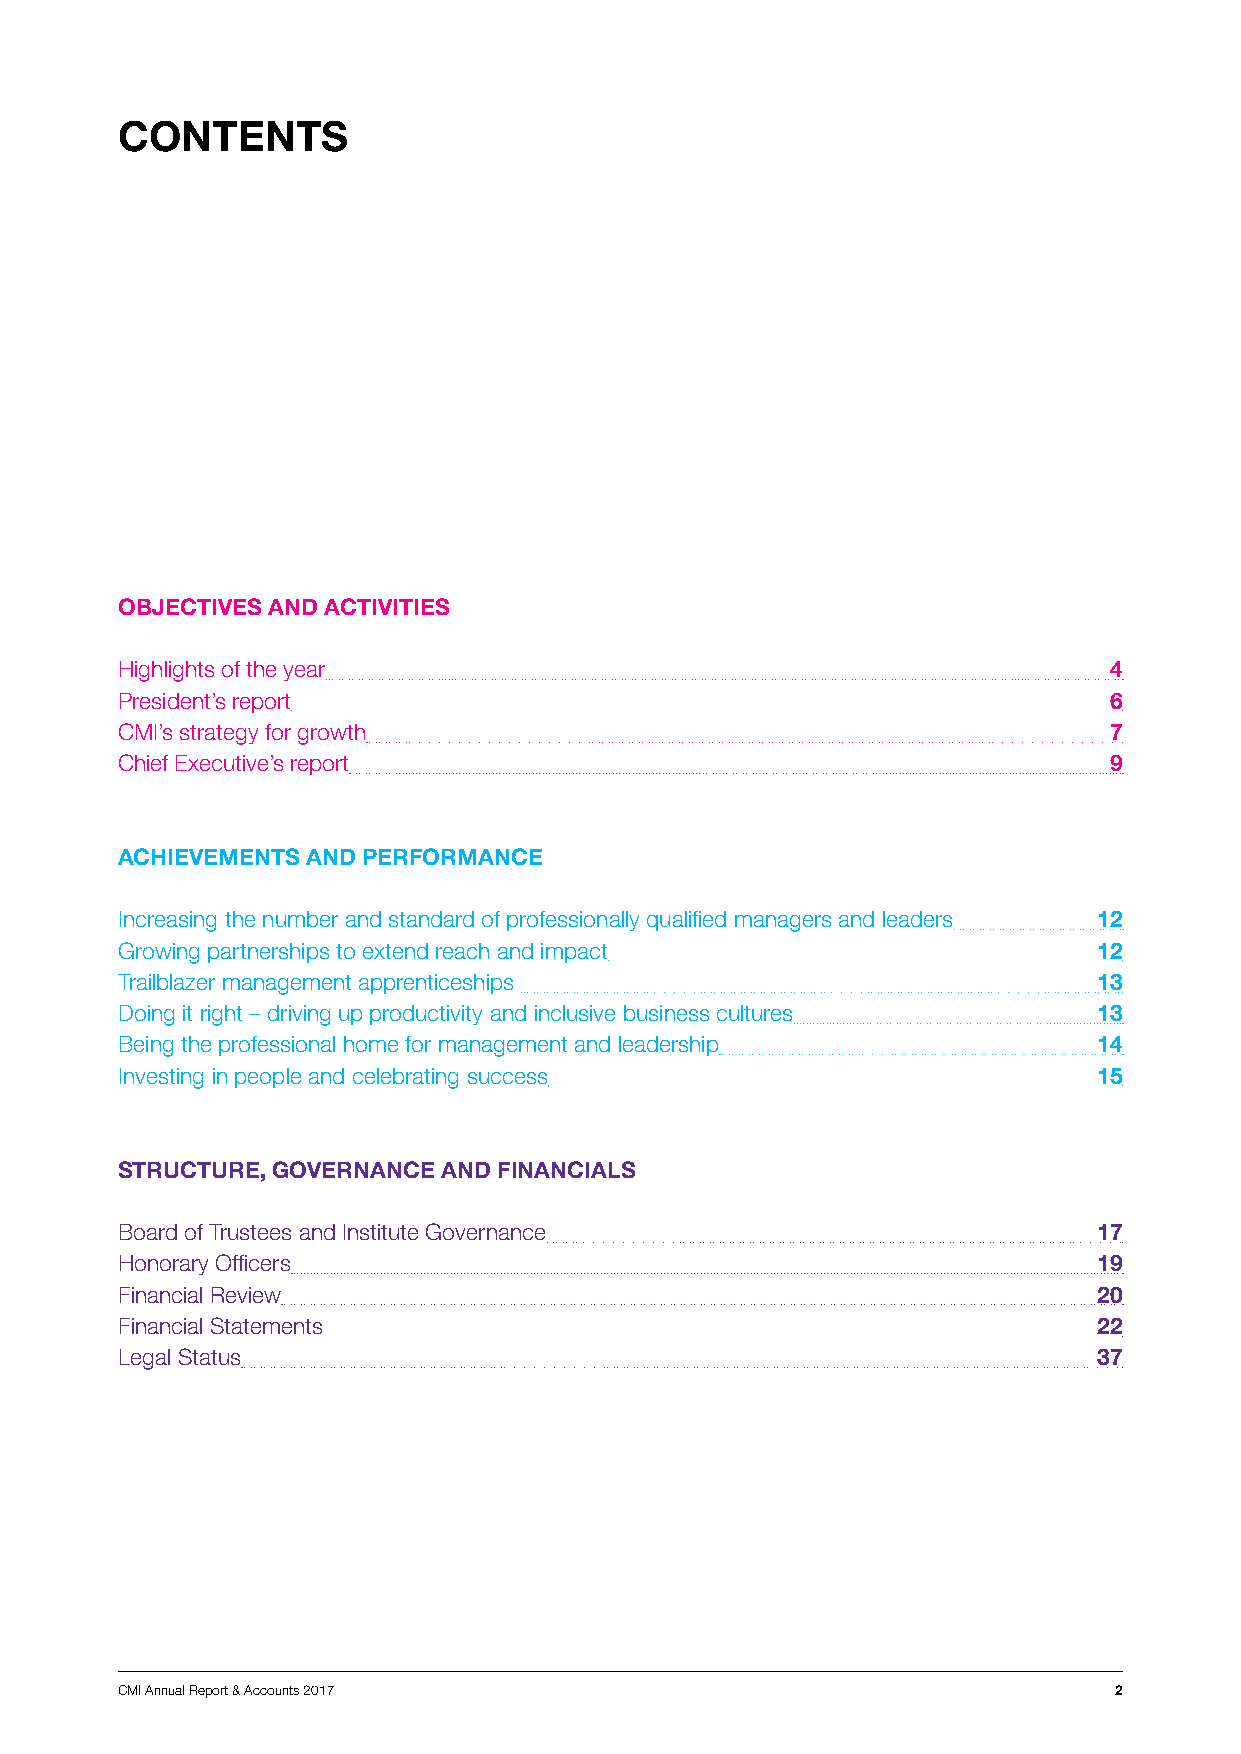
CONTENTS
 OBJECTIVES AND ACTIVITIES
 Highlights of the year                                           4
 President’s report                                               6
 CMI’s strategy for growth                                        7
 Chief Executive’s report                                         9
 ACHIEVEMENTS AND PERFORMANCE
 Increasing the number and standard of professionally qualified managers and leaders 12
 Growing partnerships to extend reach and impact                  12
 Trailblazer management apprenticeships                           13
 Doing it right – driving up productivity and inclusive business cultures 13
 Being the professional home for management and leadership        14
 Investing in people and celebrating success                      15
 STRUCTURE, GOVERNANCE AND FINANCIALS
 Board of Trustees and Institute Governance                       17
 Honorary Officers                                                19
 Financial Review                                                 20
 Financial Statements                                             22
 Legal Status                                                     37
 CMI Annual Report & Accounts 2017                                 2